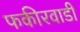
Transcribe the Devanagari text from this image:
फकीरवाडी